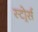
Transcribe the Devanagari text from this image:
स्टोर्र्स